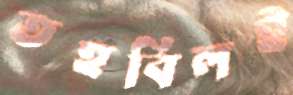
তহবিলই